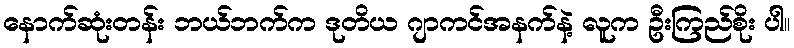
နောက်ဆုံးတန်း ဘယ်ဘက်က ဒုတိယ ဂျာကင်အနက်နဲ့ လူက ဦးကြည်စိုး ပါ။